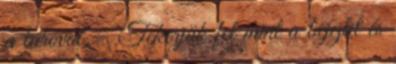
a túróval. - Tekerjük fel mint a bejglit és